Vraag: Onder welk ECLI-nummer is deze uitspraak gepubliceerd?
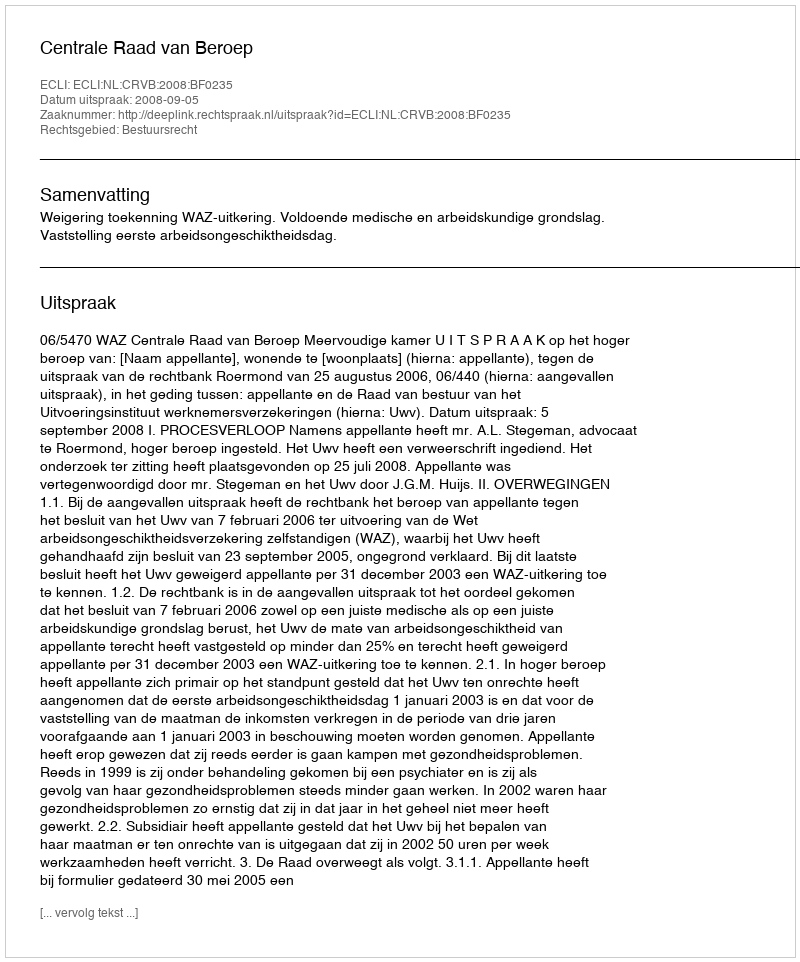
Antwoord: ECLI:NL:CRVB:2008:BF0235